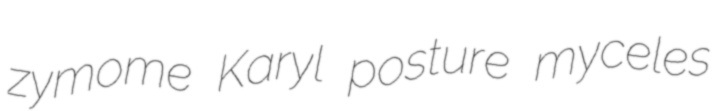
zymome Karyl posture myceles